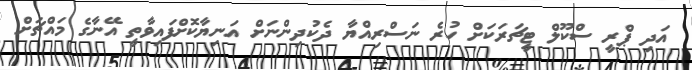
އަދި ޕްރީ ސްކޫލް ޓީޗަރަކަށް ހުރެ ނަސްރިއްޔާ ދެކުދިންނަށް އަނިޔާކޮށްފައިވާތީ އޭނާގެ މައްޗަށް